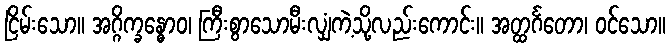
ငြိမ်းသော။ အဂ္ဂိက္ခန္ဓောဝ၊ ကြီးစွာသောမီးလျှံကဲ့သို့လည်းကောင်း။ အတ္ထင်္ဂတော၊ ဝင်သော။